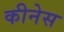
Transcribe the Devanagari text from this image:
कीनेस